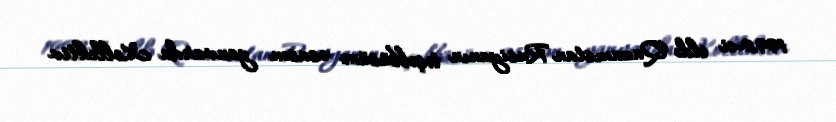
1992-ci ildə Qazaxıstan Rusiyanın təşəbbüsünə əsasən yanvarda Kollektiv